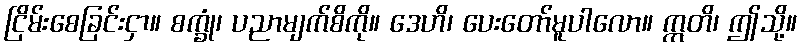
ငြိမ်းစေခြင်းငှာ။ စက္ခုံ၊ ပညာမျက်စိကို။ ဒေဟိ၊ ပေးတော်မူပါလော။ ဣတိ၊ ဤသို့။